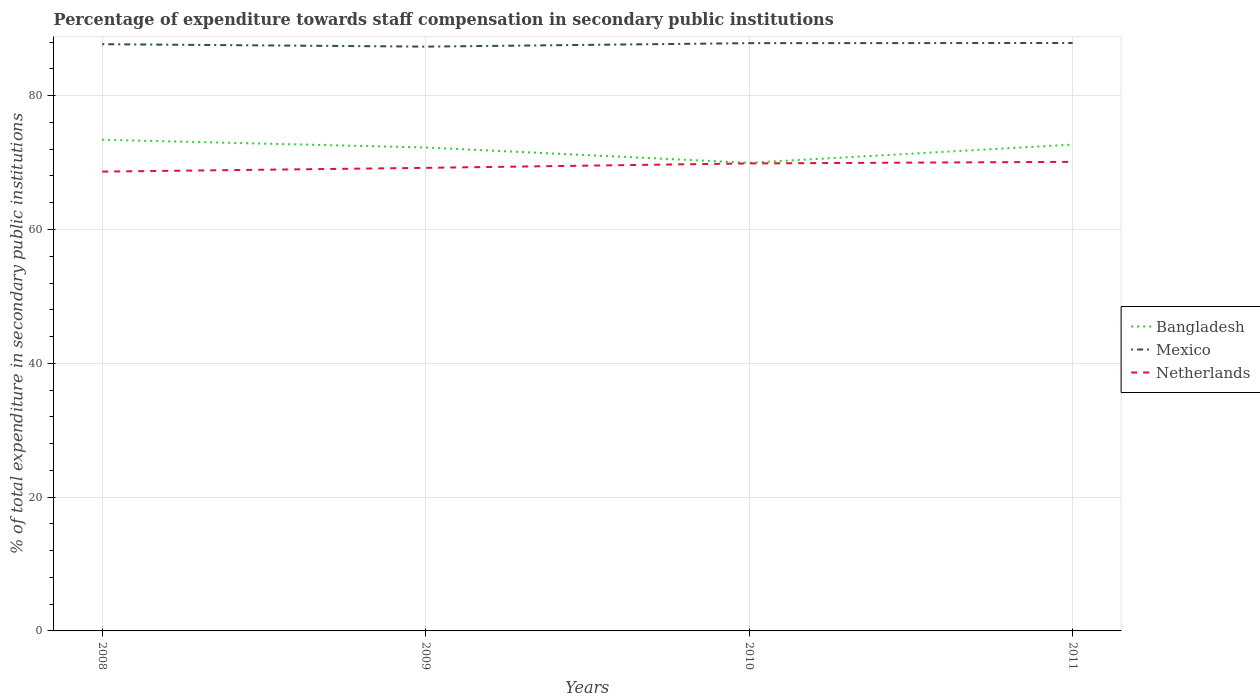
| Years | Bangladesh | Mexico | Netherlands |
 | --- | --- | --- | --- |
 | 2008 | 73.4 | 87.7 | 68.7 |
 | 2009 | 72.3 | 87.3 | 69.2 |
 | 2010 | 70 | 87.9 | 69.9 |
 | 2011 | 72.7 | 87.9 | 70.1 |